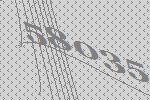
58035